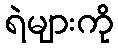
ရဲများကို